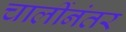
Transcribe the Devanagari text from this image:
चालींनंतर